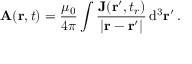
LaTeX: \mathbf { A } ( \mathbf { r } , t ) = { \frac { \mu _ { 0 } } { 4 \pi } } \int { \frac { \mathbf { J } ( \mathbf { r } ^ { \prime } , t _ { r } ) } { | \mathbf { r } - \mathbf { r } ^ { \prime } | } } \, \mathrm { d } ^ { 3 } \mathbf { r } ^ { \prime } \, .